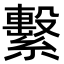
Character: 繫